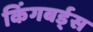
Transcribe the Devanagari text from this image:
किंगबर्ड्स